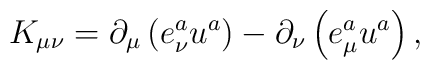
K_{\mu \nu }=\partial _\mu \left( e_\nu ^au^a\right) -\partial_\nu \left( e_\mu ^au^a\right) ,